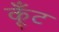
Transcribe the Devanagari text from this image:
कूँट